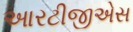
આરટીજીએસ